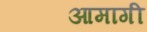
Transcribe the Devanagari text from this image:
आमागी